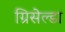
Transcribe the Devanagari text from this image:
ग्रिसेल्डा